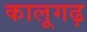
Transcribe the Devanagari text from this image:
कालूगढ़